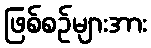
ဖြစ်စဉ်များအား